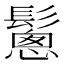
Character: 𩮰